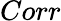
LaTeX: Corr